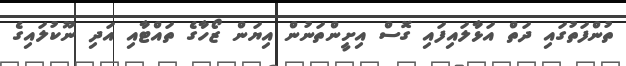
ތުންފަތުގައި ދަތް އަޅާލައިފައި ގޮސް އިށީންތަނުން އިޔަން ޒޯހާގެ ތައްޓާއި އަދި ނޫކުލައިގެ